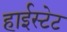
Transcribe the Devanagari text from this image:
हाईस्टेट